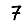
Digit: 7